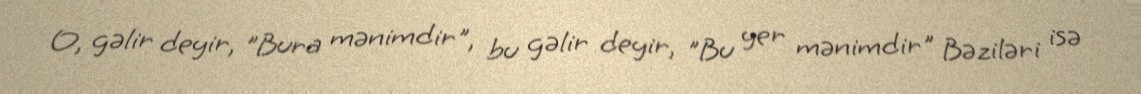
O, gəlir deyir, "Bura mənimdir", bu gəlir deyir, "Bu yer mənimdir" Bəziləri isə